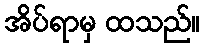
အိပ်ရာမှ ထသည်။